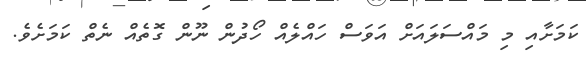
ކަމަށާއި މި މައްސަލައަށް އަވަސް ހައްލެއް ހޯދުން ނޫން ގޮތެއް ނެތް ކަމަށެވެ.